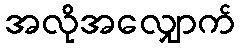
အလိုအလျှောက်